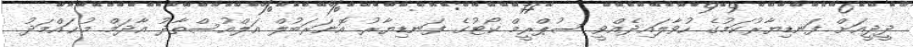
ދީދީއަށް ފަނޑިޔާރުކަމުގެ ހުވާލައިދެއްވީ ސުޕްރީމް ކޯޓުގެ ފަނޑިޔާރު އޮނަރަބުލް އަލްއުސްތާޛު އާދަމް މުޙައްމަދު